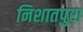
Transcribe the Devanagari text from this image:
निशातपुरा